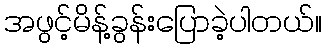
အဖွင့်မိန့်ခွန်းပြောခဲ့ပါတယ်။